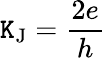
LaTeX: \mathtt{K}_{\mathrm{{J}}}={\frac{{2e}}{{h}}}